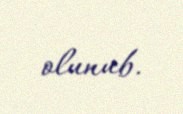
olunub.